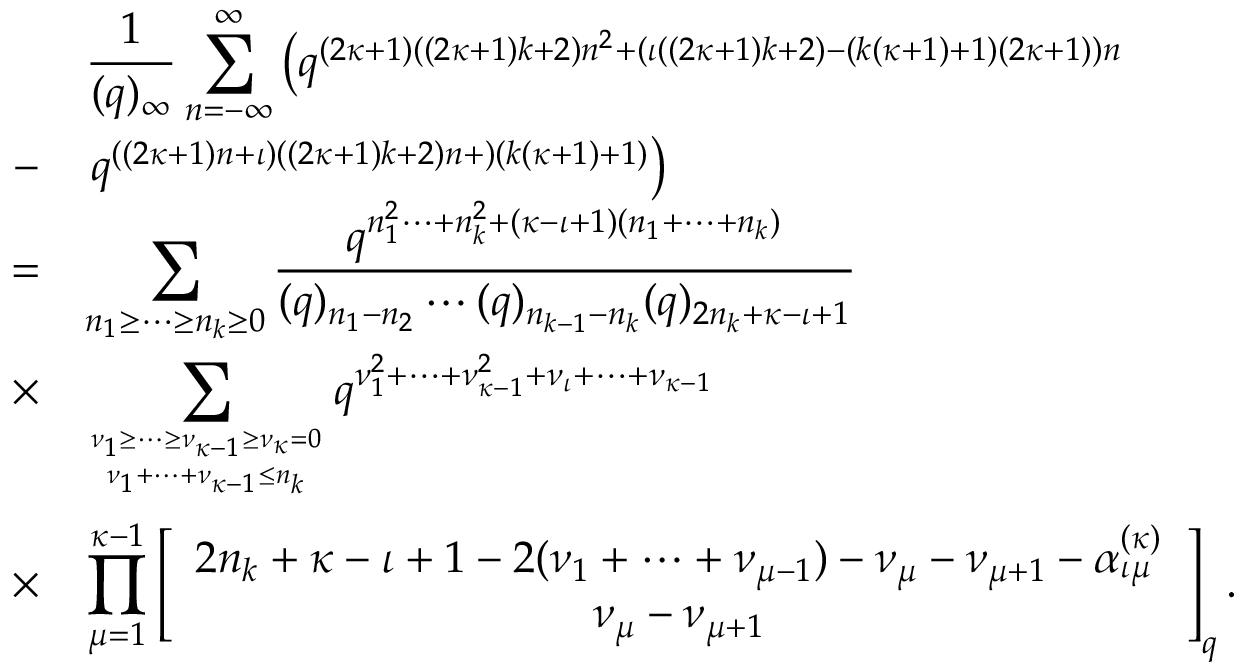
\begin{array} { c l } { { } } & { { \displaystyle \frac { 1 } { ( q ) _ { \infty } } \sum _ { n = - \infty } ^ { \infty } \left( q ^ { ( 2 \kappa + 1 ) ( ( 2 \kappa + 1 ) k + 2 ) n ^ { 2 } + ( \iota ( ( 2 \kappa + 1 ) k + 2 ) - ( k ( \kappa + 1 ) + 1 ) ( 2 \kappa + 1 ) ) n } \right. } } \\ { { - } } & { { \left. q ^ { ( ( 2 \kappa + 1 ) n + \iota ) ( ( 2 \kappa + 1 ) k + 2 ) n + ) ( k ( \kappa + 1 ) + 1 ) } \right) } } \\ { { = } } & { { \displaystyle \sum _ { n _ { 1 } \geq \cdots \geq n _ { k } \geq 0 } \frac { q ^ { n _ { 1 } ^ { 2 } \cdots + n _ { k } ^ { 2 } + ( \kappa - \iota + 1 ) ( n _ { 1 } + \cdots + n _ { k } ) } } { ( q ) _ { n _ { 1 } - n _ { 2 } } \cdots ( q ) _ { n _ { k - 1 } - n _ { k } } ( q ) _ { 2 n _ { k } + \kappa - \iota + 1 } } } } \\ { { \times } } & { { \displaystyle \sum _ { \nu _ { 1 } \geq \cdots \geq \nu _ { \kappa - 1 } \geq \nu _ { \kappa } = 0 \atop \nu _ { 1 } + \cdots + \nu _ { \kappa - 1 } \leq n _ { k } } q ^ { \nu _ { 1 } ^ { 2 } + \cdots + \nu _ { \kappa - 1 } ^ { 2 } + \nu _ { \iota } + \cdots + \nu _ { \kappa - 1 } } } } \\ { { \times } } & { { \displaystyle \prod _ { \mu = 1 } ^ { \kappa - 1 } \left[ \begin{array} { c } { { 2 n _ { k } + \kappa - \iota + 1 - 2 ( \nu _ { 1 } + \cdots + \nu _ { \mu - 1 } ) - \nu _ { \mu } - \nu _ { \mu + 1 } - \alpha _ { \iota \mu } ^ { ( \kappa ) } } } \\ { { \nu _ { \mu } - \nu _ { \mu + 1 } } } \end{array} \right] _ { q } . } } \end{array}